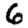
Digit: 6